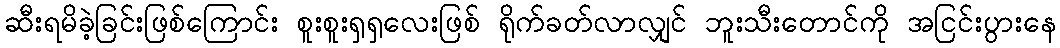
ဆီးရမိခဲ့ခြင်းဖြစ်ကြောင်း စူးစူးရှရှလေးဖြစ် ရိုက်ခတ်လာလျှင် ဘူးသီးတောင်ကို အငြင်းပွားနေ